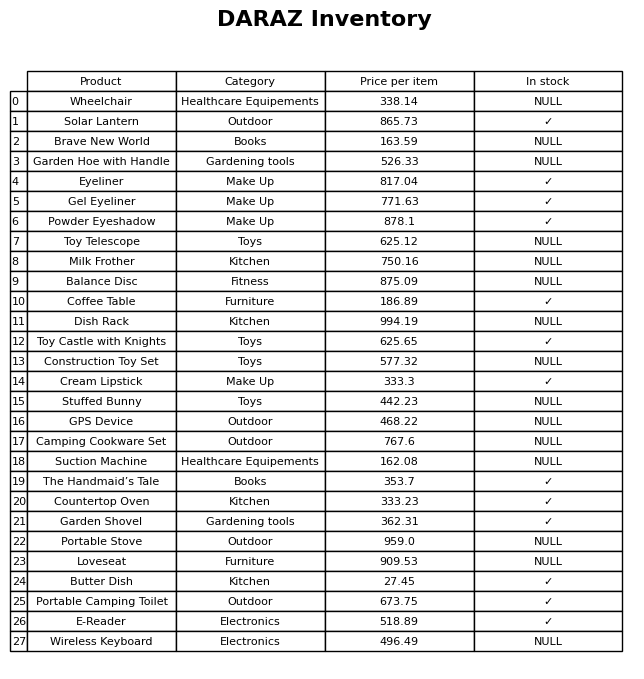
question: What category does the Gel Eyeliner belong to?
answer: Make Up